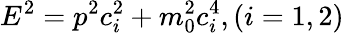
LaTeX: E^{2}=p^{2}c_{i}^{2}+m_{0}^{2}c_{i}^{4},(i=1,2)